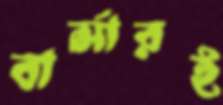
বার্সারই